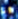
انا